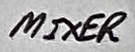
Text: MIXER